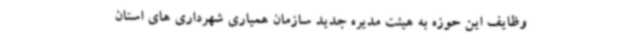
وظایف این حوزه به هیئت مدیره جدید سازمان همیاری شهرداری های استان